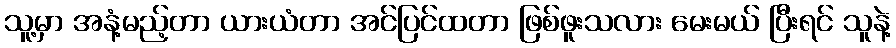
သူ့မှာ အနံ့မည့်တာ ယားယံတာ အင်ပြင်ထတာ ဖြစ်ဖူးသလား မေးမယ် ပြီးရင် သူနဲ့